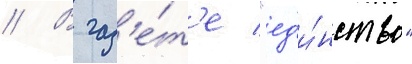
// В газ'е́т'е "ед'и́нство"